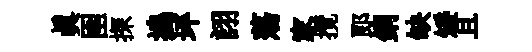
眞圉探搗坪詡蕩家攬郎銅缺矮且